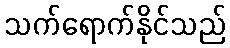
သက်ရောက်နိုင်သည်